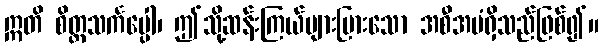
ဣတိ စိတ္တသင်္ကပ္ပေါ၊ ဤသို့ဆန်းကြယ်များပြားသော အစီအမံရှိသည်ဖြစ်၍။